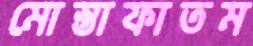
মোস্তাফাতম